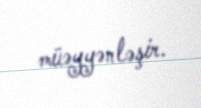
müəyyənləşir.